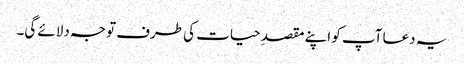
یہ دعا آپ کو اپنے مقصدِ حیات کی طرف توجہ دلائے گی۔